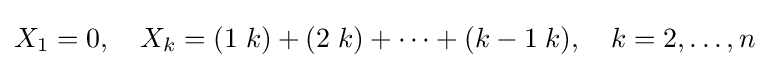
X_{1}=0,~~~X_{k}=(1\;k)+(2\;k)+\cdots +(k-1\;k),~~~k=2,\dots ,n